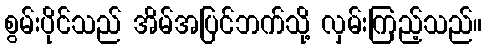
စွမ်းပိုင်သည် အိမ်အပြင်ဘက်သို့ လှမ်းကြည့်သည်။